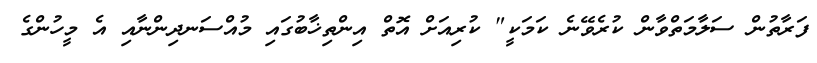
ފަރާތުން ސަލާމަތްވާން ކުރެވޭނެ ކަމަކީ" ކުރިއަށް އޮތް އިންތިޚާބުގައި މުއްސަނދިންނާއި އެ މީހުންގެ